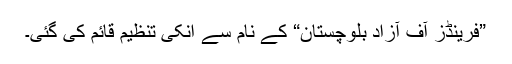
”فرینڈز آف آزاد بلوچستان“ کے نام سے انکی تنظیم قائم کی گئی۔